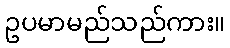
ဥပမာမည်သည်ကား။